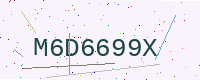
Text: M6D6699X